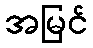
အမြင်